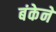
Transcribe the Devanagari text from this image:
बंकेने